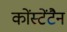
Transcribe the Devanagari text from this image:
कोंस्टेंटैन